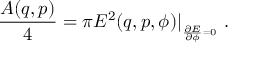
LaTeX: { \frac { A ( q , p ) } { 4 } } = \pi E ^ { 2 } ( q , p , \phi ) \vert _ { \phantom { } _ { { \frac { \partial E } { \partial \phi } } = 0 } } \ .